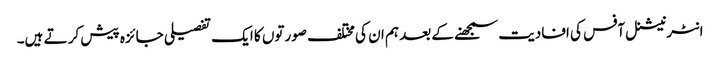
انٹرنیشنل آفس کی افادیت سمجھنے کے بعد ہم ان کی مختلف صورتوں کا ایک تفصیلی جائزہ پیش کر تے ہیں۔